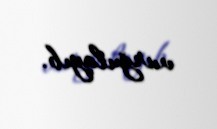
vurğulayıb.